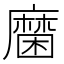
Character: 𲎔